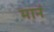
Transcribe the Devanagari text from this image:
मानं